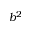
b ^ { 2 }